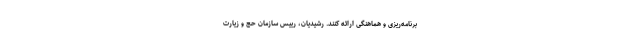
برنامه‌ریزی و هماهنگی ارائه کنند. رشیدیان، رییس سازمان حج و زیارت